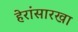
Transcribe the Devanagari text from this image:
हेरांसारखा